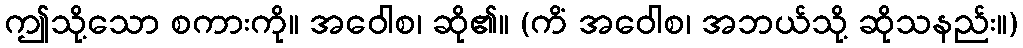
ဤသို့သော စကားကို။ အဝေါစ၊ ဆို၏။ (ကိံ အဝေါစ၊ အဘယ်သို့ ဆိုသနည်း။)